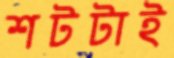
শটটাই